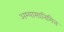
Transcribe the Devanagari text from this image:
अभ्यासानिमित्त